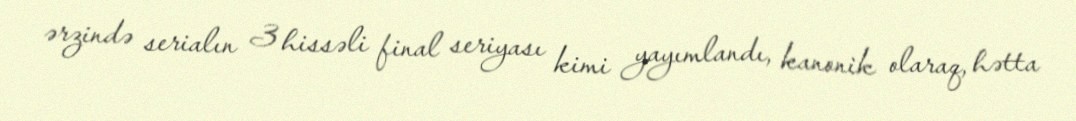
ərzində serialın 3 hissəli final seriyası kimi yayımlandı, kanonik olaraq, hətta